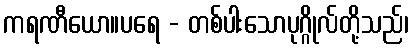
ကရဏီယော။ပရေ - တစ်ပါးသောပုဂ္ဂိုလ်တို့သည်၊